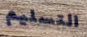
التسليم